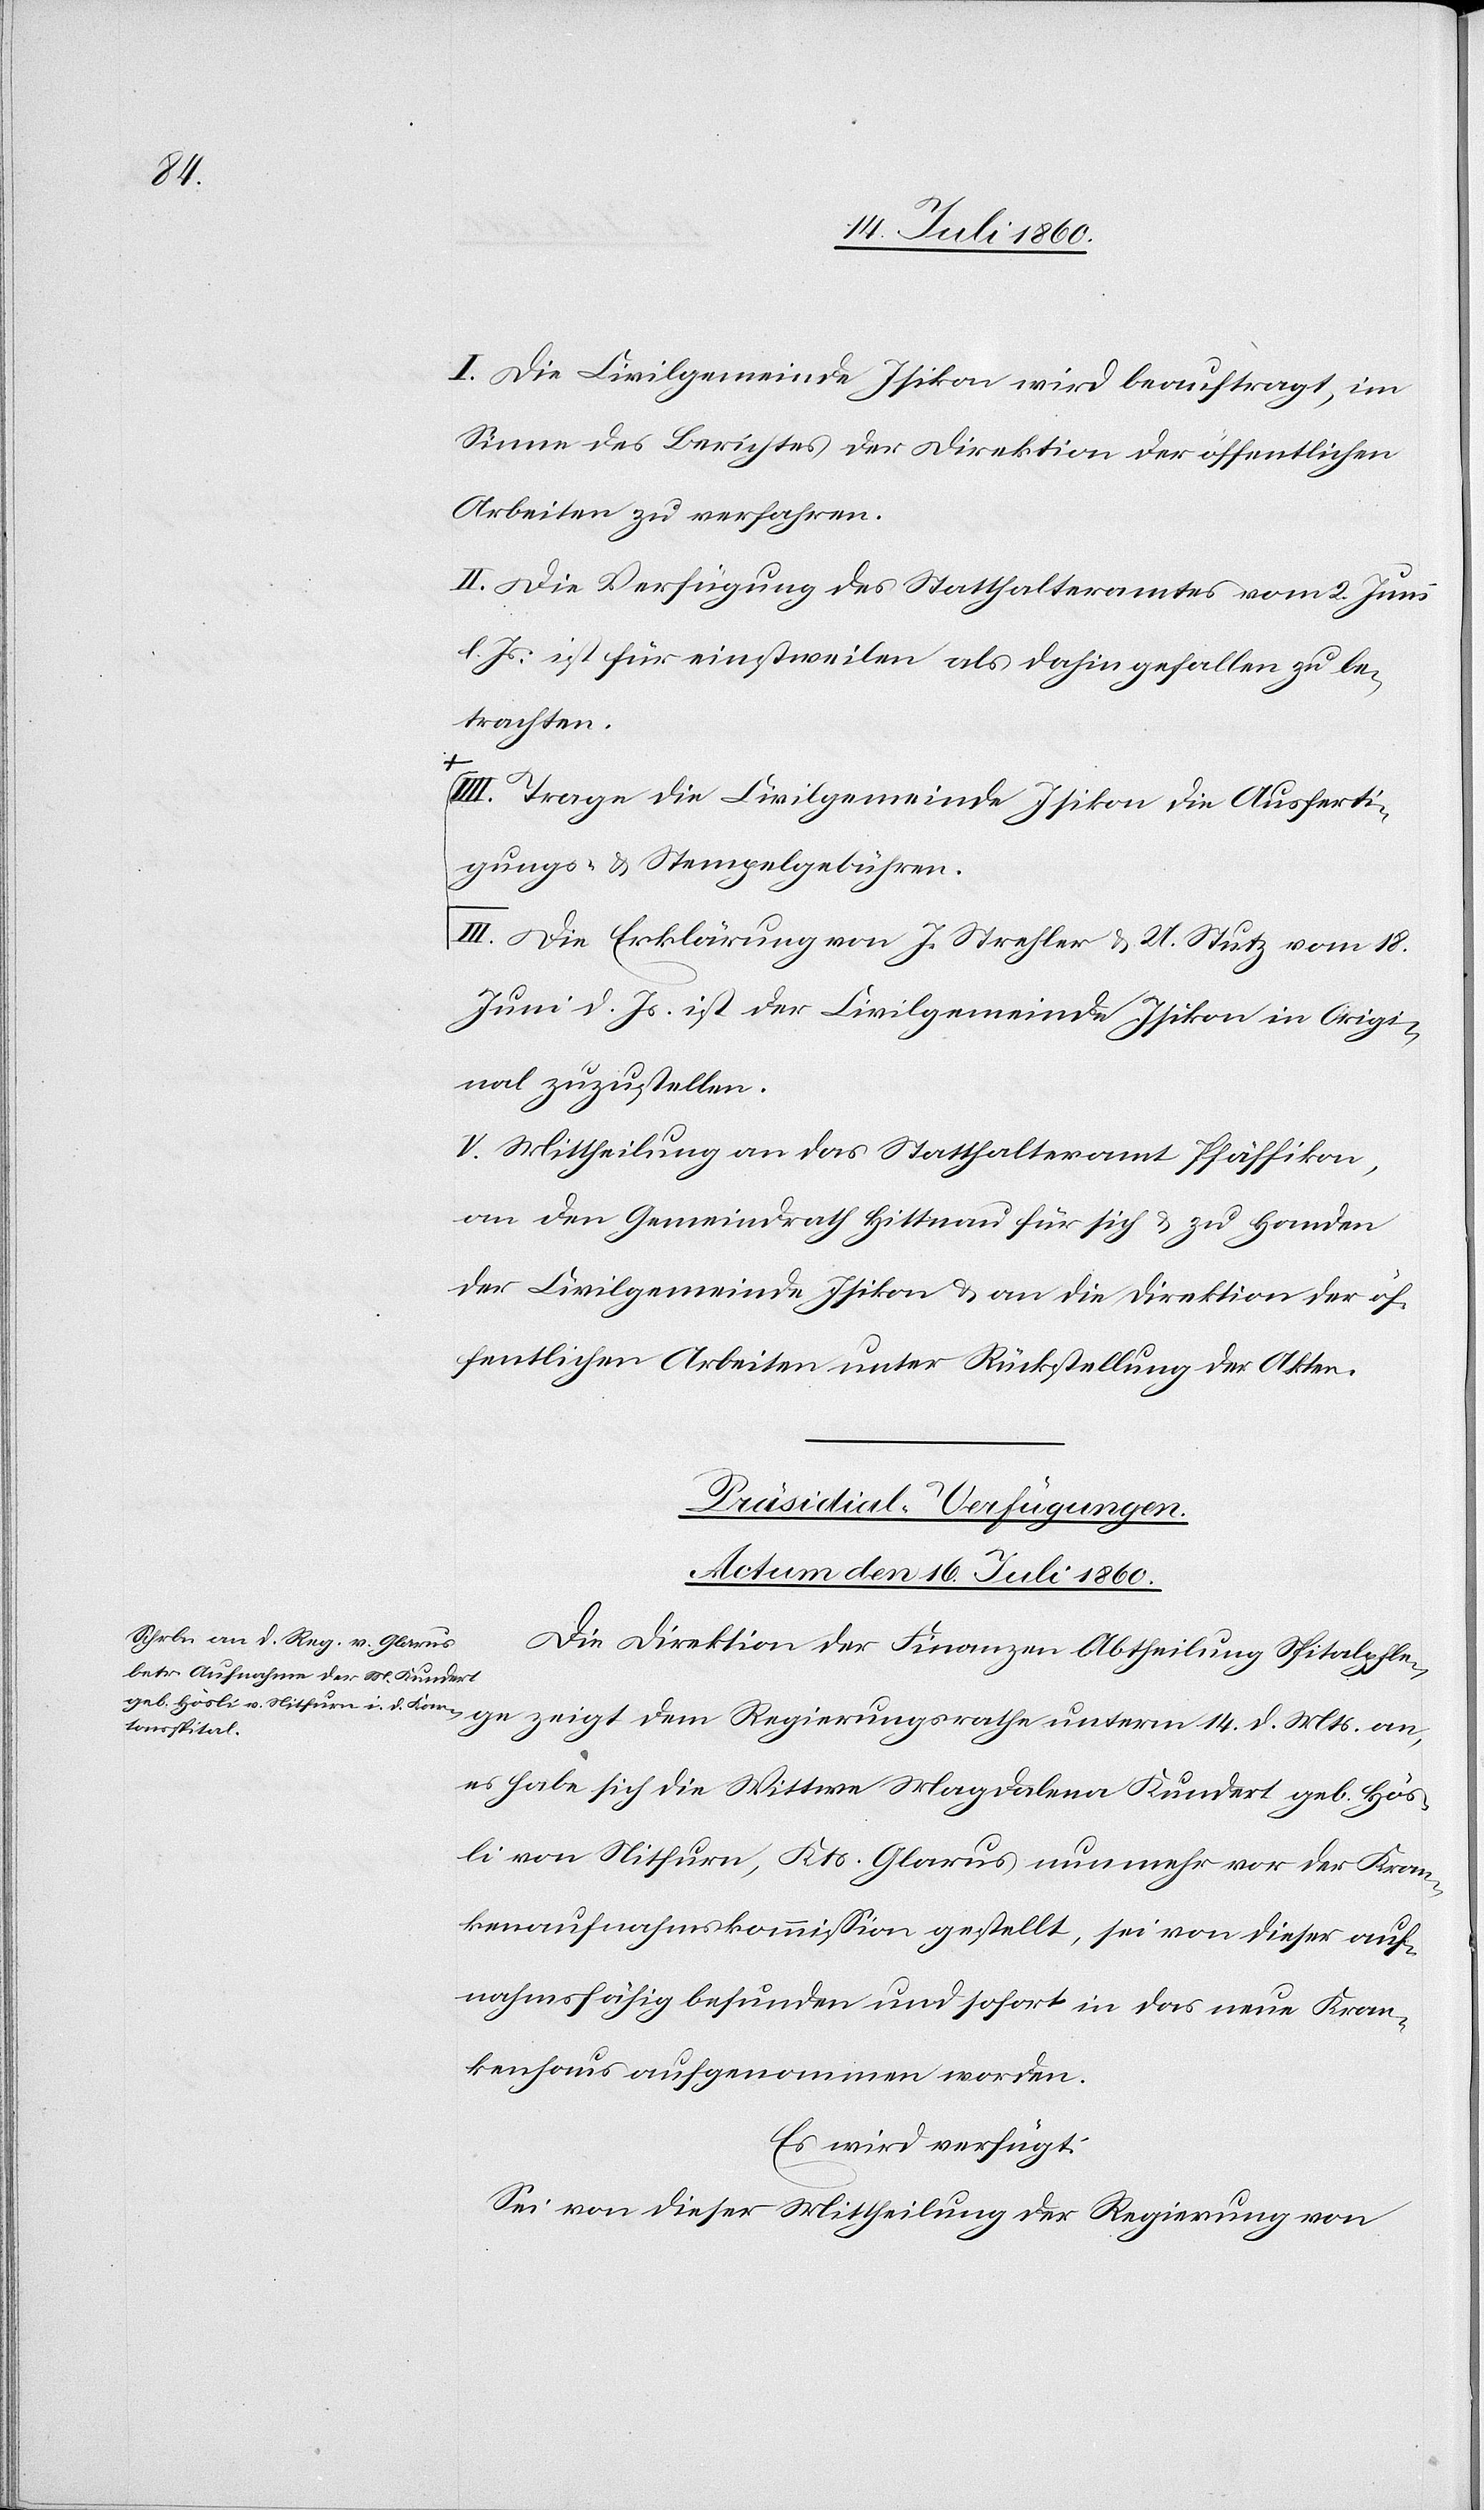
14.

I. Die Civilgemeinde Isikon wird beauftragt, im
Sinne des Berichtes der Direktion der öffentlichen
Arbeiten zu verfahren.
II. Die Verfügung des Statthalteramtes vom 2. Juni
l. Js. ist für einstweilen als dahin gefallen zu be¬
trachten.
d.
Trage die Civilgemeinde Isikon die Ausferti¬
gungs- & Stempelgebühren.
a-III. Die Erklärung von J. Strehler & U. Stutz vom 18.
Juni d. Js. ist der Civilgemeinde Isikon in Origi¬
nal zuzustellen.-a
V. Mittheilung an das Statthalteramt Pfäffikon,
an den Gemeindrath Hittnau für sich & zu Handen
der Civilgemeinde Isikon & an die Direktion der öf¬
fentlichen Arbeiten unter Rückstellung der Akten.
Präsidial-Verfügungen.
Actum den 16. Juli 1860.
Die Direktion der Finanzen Abtheilung Spitalpflege
es habe sich die Wittwe Magdalena Kundert geb. Hös¬
li von Nitfurn, Kts. Glarus nunmehr vor die Kran¬
kenaufnahmskommission gestellt, sei von dieser auf¬
nahmsfähig befunden und sofort in das neue Kran¬
kenhaus aufgenommen worden.
Es wird verfügt:
Sei von dieser Mittheilung der Regierung von